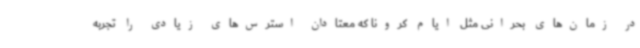
در زمان‌های بحرانی مثل ایام کرونا که معتادان استرس‌های زیادی را تجربه